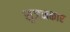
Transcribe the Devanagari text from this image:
सृजनकार